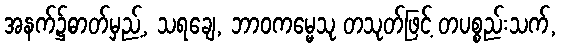
အနက်၌ဓာတ်မှည့်, သရချေ, ဘာဝကမ္မေသု တသုတ်ဖြင့် တပစ္စည်းသက်,